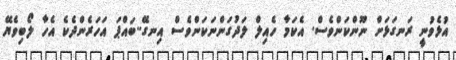
އުޅެވުނީ ރަނގަޅަށް ނޫންކަންވެސް. އެކަމާ ހެއިލް ލަދުގަންނަކަންވެސް އިނގޭ..ބައްޕަ އަހަރެންދެކެ އެހާ ލޯބިވެޔޭ